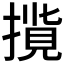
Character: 𢳢